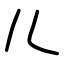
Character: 儿